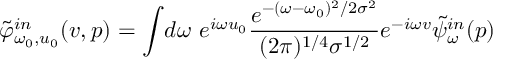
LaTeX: \tilde { \varphi } _ { \omega _ { 0 } , u _ { 0 } } ^ { i n } ( v , p ) = \int \! d \omega \ e ^ { i \omega u _ { 0 } } { \frac { e ^ { - ( \omega - \omega _ { 0 } ) ^ { 2 } / 2 \sigma ^ { 2 } } } { ( { 2 \pi } ) ^ { 1 / 4 } \sigma ^ { 1 / 2 } } } e ^ { - i \omega v } { \tilde { \psi } } _ { \omega } ^ { i n } ( p )